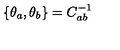
\{ \theta _ { a } , \theta _ { b } \} = C _ { a b } ^ { - 1 }